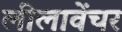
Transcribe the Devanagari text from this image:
लीलावेंचर